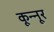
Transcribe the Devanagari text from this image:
कून्‍नूर